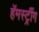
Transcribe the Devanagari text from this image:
हॅमस्ट्रींग